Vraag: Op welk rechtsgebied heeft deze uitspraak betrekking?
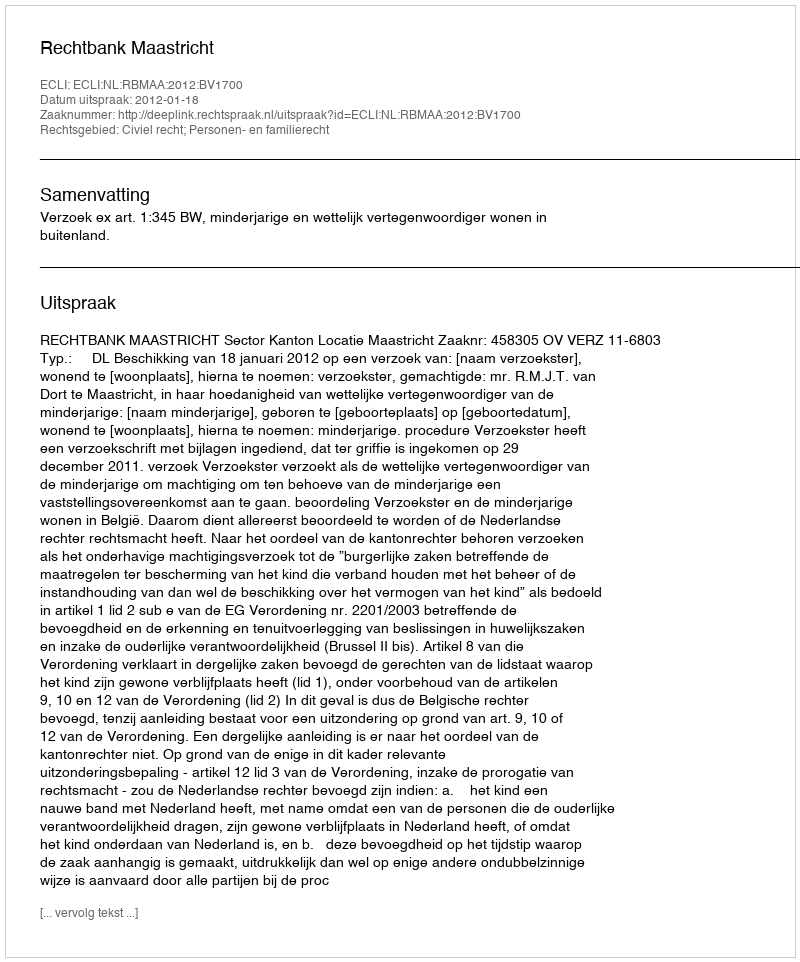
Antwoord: Civiel recht; Personen- en familierecht